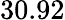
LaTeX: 30.92